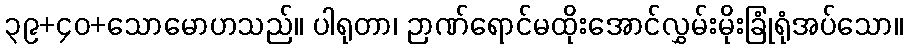
၃၉+၄၀+သောမောဟသည်။ ပါရုတာ၊ ဉာဏ်ရောင်မထိုးအောင်လွှမ်းမိုးခြုံရုံအပ်သော။